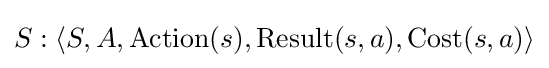
S:\langle S,A,\operatorname {Action} (s),\operatorname {Result} (s,a),\operatorname {Cost} (s,a)\rangle